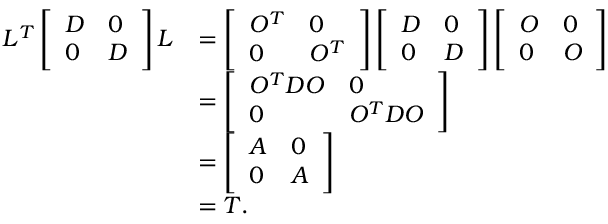
\begin{array} { r l } { L ^ { T } \left[ \begin{array} { l l } { D } & { 0 } \\ { 0 } & { D } \end{array} \right] L } & { = \left[ \begin{array} { l l } { O ^ { T } } & { 0 } \\ { 0 } & { O ^ { T } } \end{array} \right] \left[ \begin{array} { l l } { D } & { 0 } \\ { 0 } & { D } \end{array} \right] \left[ \begin{array} { l l } { O } & { 0 } \\ { 0 } & { O } \end{array} \right] } \\ & { = \left[ \begin{array} { l l } { O ^ { T } D O } & { 0 } \\ { 0 } & { O ^ { T } D O } \end{array} \right] } \\ & { = \left[ \begin{array} { l l } { A } & { 0 } \\ { 0 } & { A } \end{array} \right] } \\ & { = T . } \end{array}